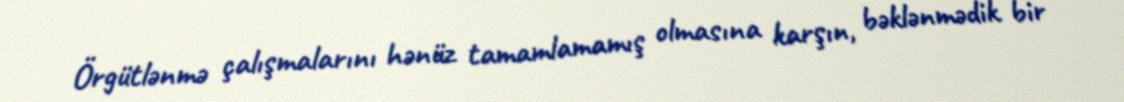
Örgütlənmə çalışmalarını hənüz tamamlamamış olmasına karşın, bəklənmədik bir